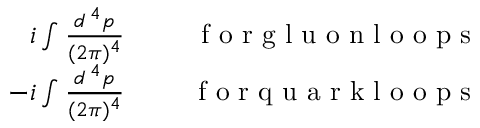
\begin{array} { r l r } { i \int { \frac { d ^ { \, 4 } p } { ( 2 \pi ) ^ { 4 } } } } & { { } } & { \mathrm { ~ \ f ~ o ~ r ~ g ~ l ~ u ~ o ~ n ~ l ~ o ~ o ~ p ~ s ~ } } \\ { - i \int { \frac { d ^ { \, 4 } p } { ( 2 \pi ) ^ { 4 } } } } & { { } } & { \mathrm { ~ \ f ~ o ~ r ~ q ~ u ~ a ~ r ~ k ~ l ~ o ~ o ~ p ~ s ~ } } \end{array}